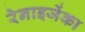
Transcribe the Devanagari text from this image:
रेनाइजेंका